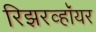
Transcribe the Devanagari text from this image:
रिझरव्हॉयर